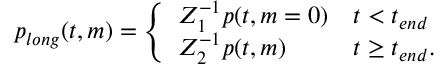
\begin{array} { r } { p _ { l o n g } ( t , m ) = \left\{ \begin{array} { l l } { Z _ { 1 } ^ { - 1 } p ( t , m = 0 ) } & { t < t _ { e n d } } \\ { Z _ { 2 } ^ { - 1 } p ( t , m ) } & { t \geq t _ { e n d } . } \end{array} \right. } \end{array}